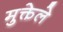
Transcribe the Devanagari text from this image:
मुक्तेले